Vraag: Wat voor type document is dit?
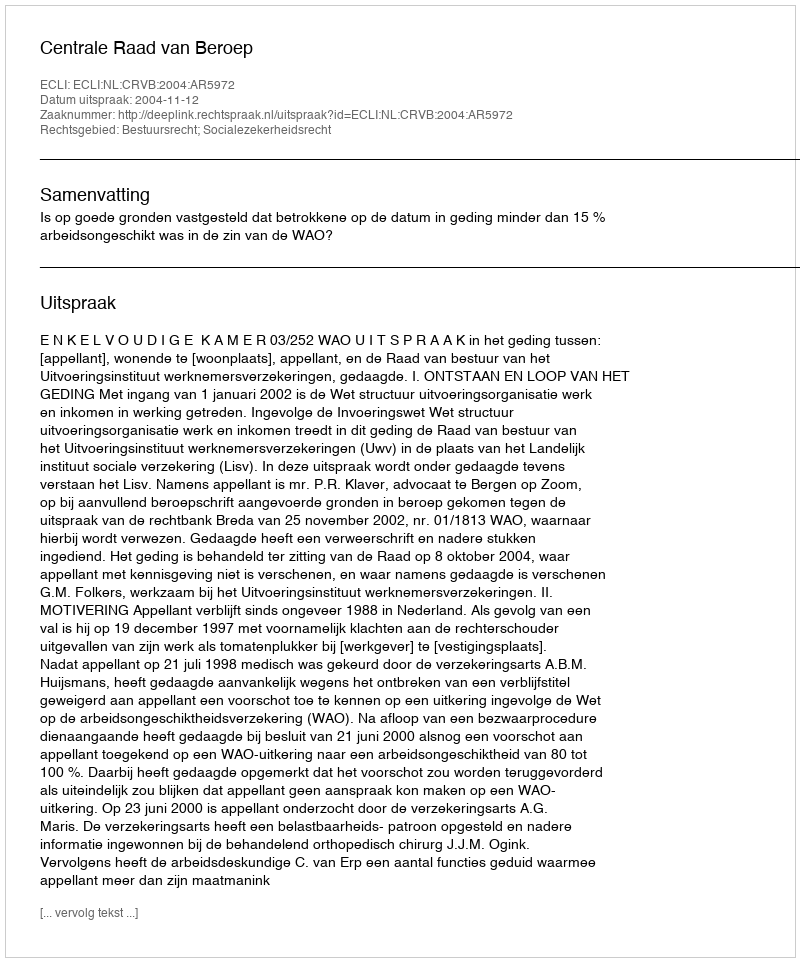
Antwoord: Uitspraak